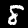
Digit: 8